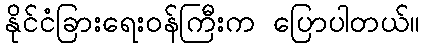
နိုင်ငံခြားရေးဝန်ကြီးက ပြောပါတယ်။